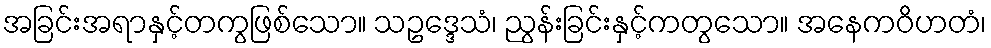
အခြင်းအရာနှင့်တကွဖြစ်သော။ သဥဒ္ဒေသံ၊ ညွန်းခြင်းနှင့်ကတွသော။ အနေကဝိဟတံ၊